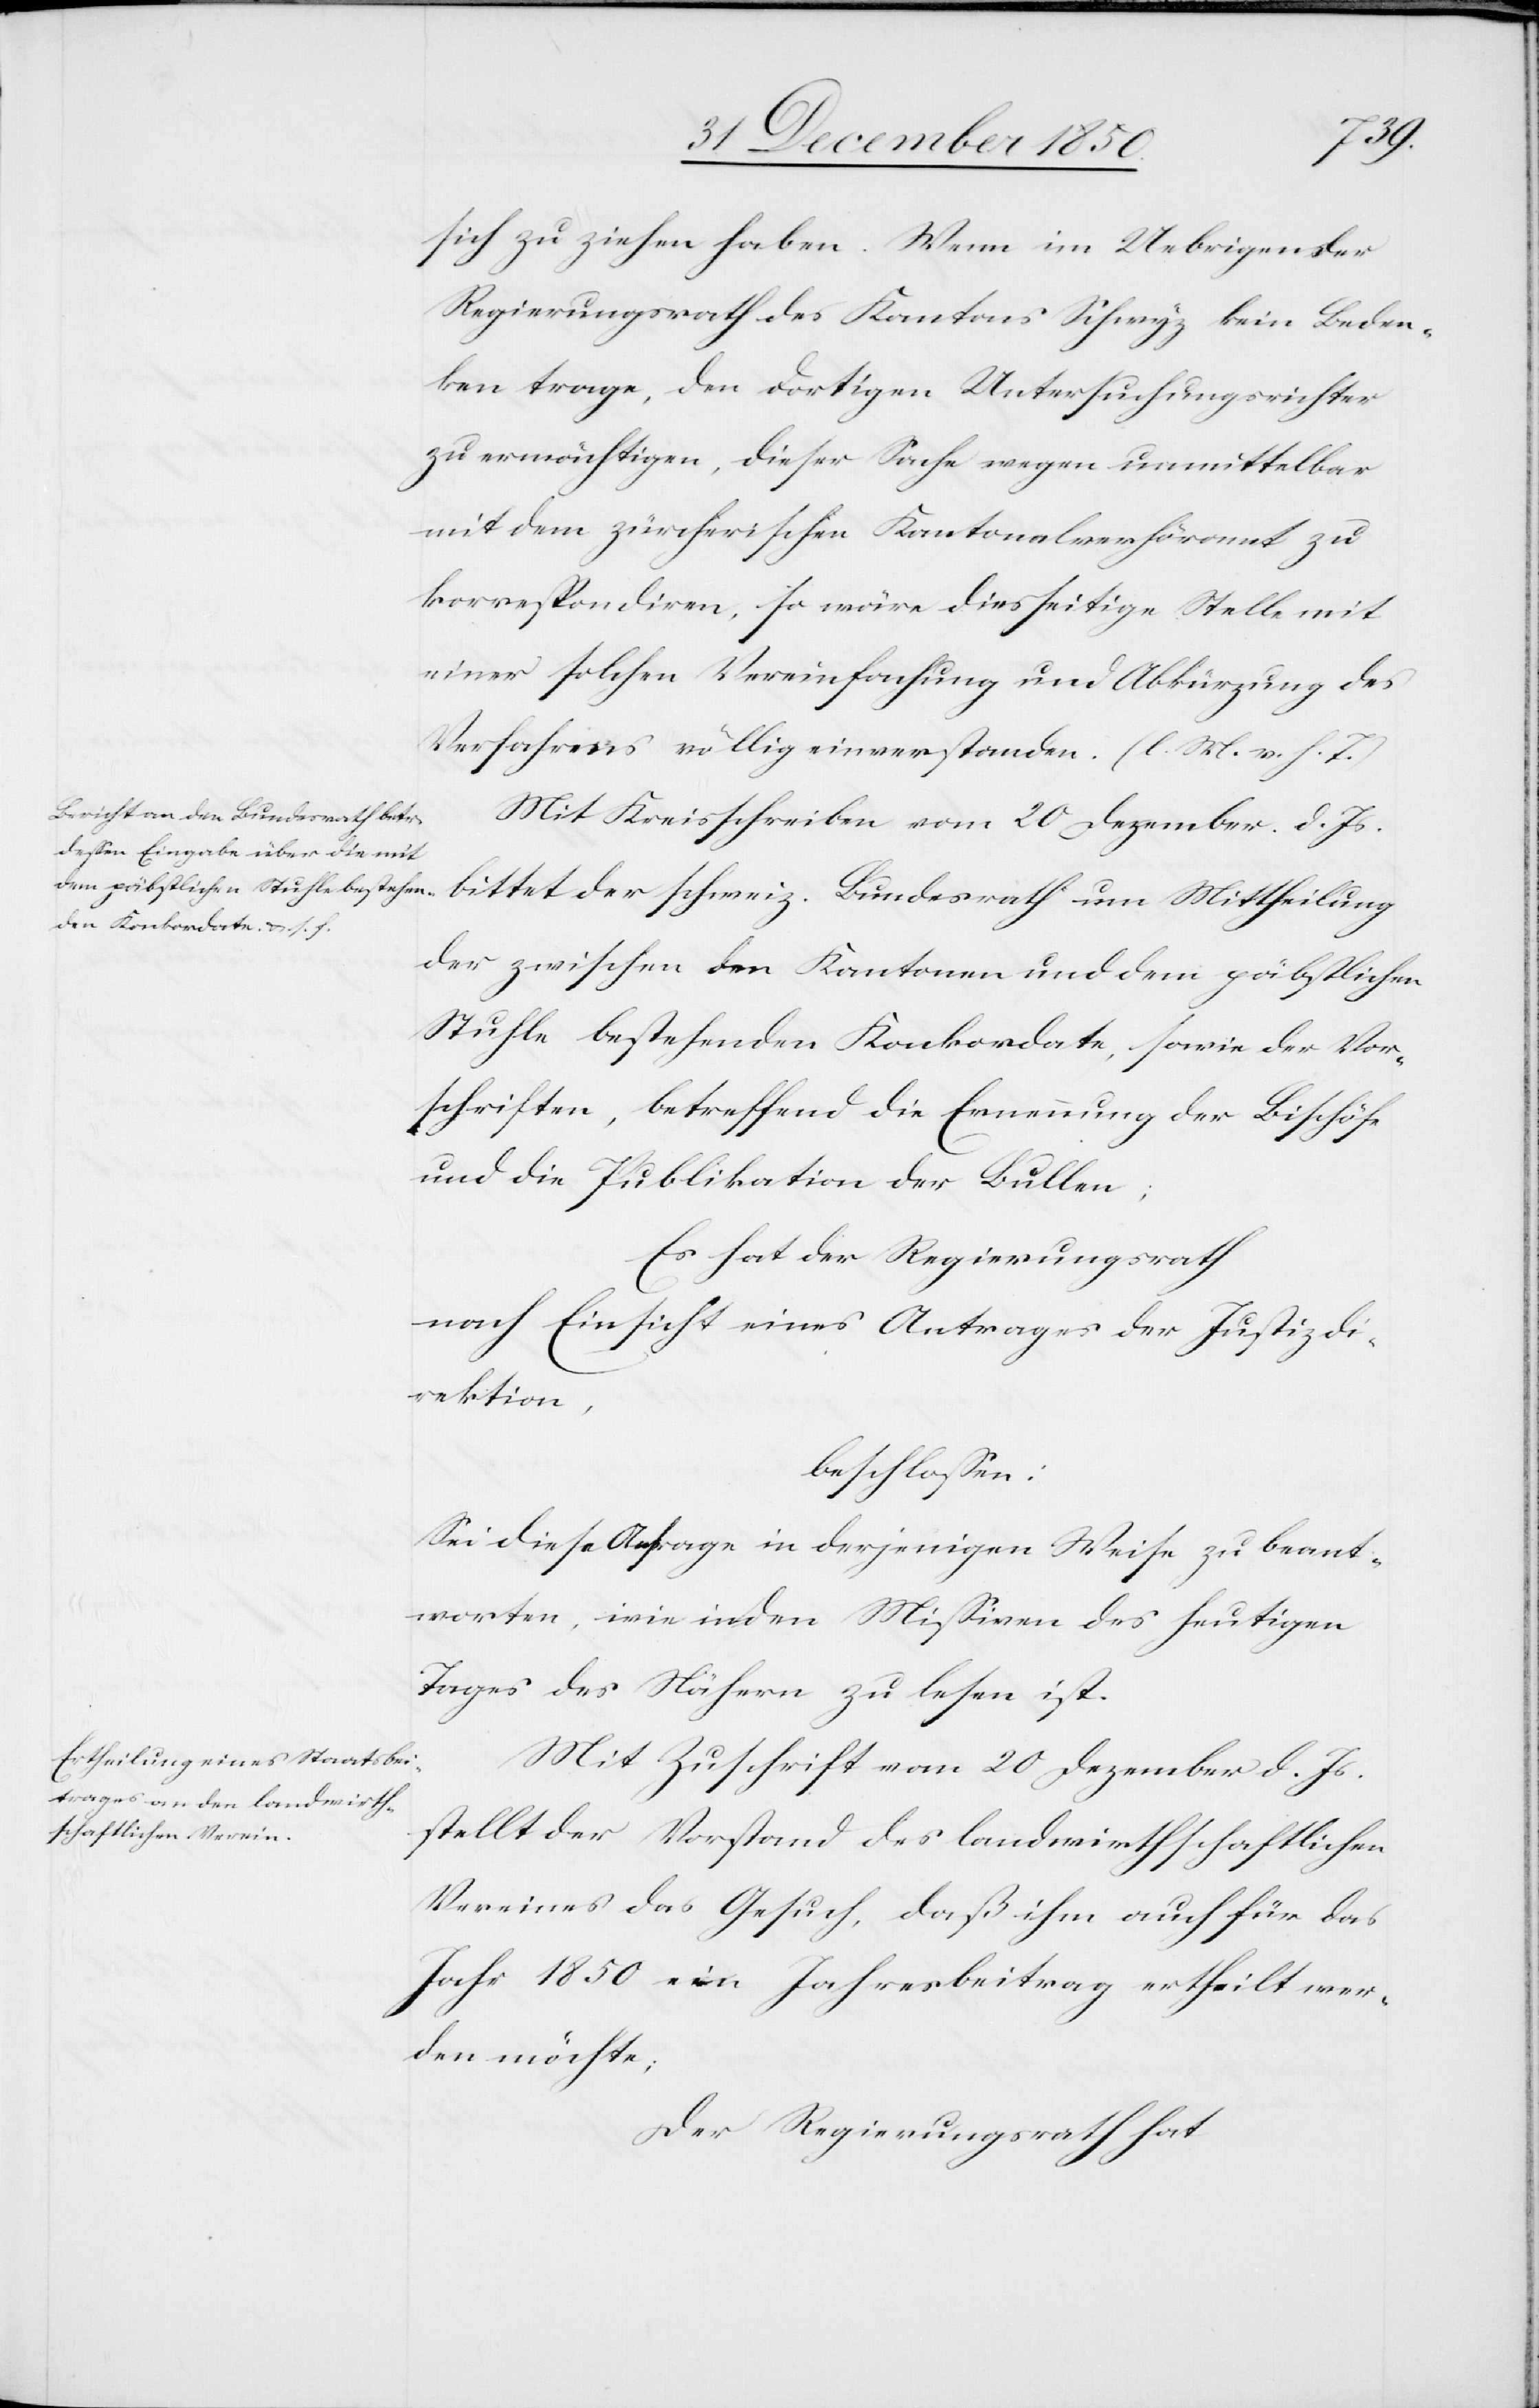
sich zu ziehen haben. Wenn im Uebrigen der
Regierungsrath des Kantons Schwyz kein Beden¬
ken trage, den dortigen Untersuchungsrichter
zu ermächtigen, dieser Sache wegen unmittelbar
mit dem zürcherischen Kantonalverhöramt zu
korrespondiren, so wäre diesseitige Stelle mit
einer solchen Vereinfachung und Abkürzung des
Verfahrens völlig einverstanden. (l. M. v. h. T.)
Mit Kreisschreiben vom 20 Dezember d. Js.
bittet der schweiz. Bundesrath um Mittheilung
der zwischen den Kantonen und dem päbstlichen
Stuhle bestehenden Konkordate, sowie der Vor¬
schriften, betreffend die Ernennung der Bischöfe
und die Publikation der Bullen;
Es ha der Regierungsrath
nach Einsicht eines Antrages der Justizdi¬
rektion,
beschlossen:
Sei diese Anfrage in derjenigen Weise zu beant¬
worten, wie in den Missiven des heutigen
Tages des Nähern zu lesen ist.
Mit Zuschrift vom 20 Dezember d. Js.
stellt der Vorstand des landwirthschaftlichen
Vereines das Gesuch, daß ihm auch für das
Jahr 1850 ein Jahresbeitrag ertheilt wer¬
den möchte;
Der Regierungsrath hat